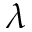
\lambda